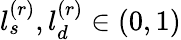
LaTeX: l_{s}^{(r)},l_{d}^{(r)}\in(0,1)